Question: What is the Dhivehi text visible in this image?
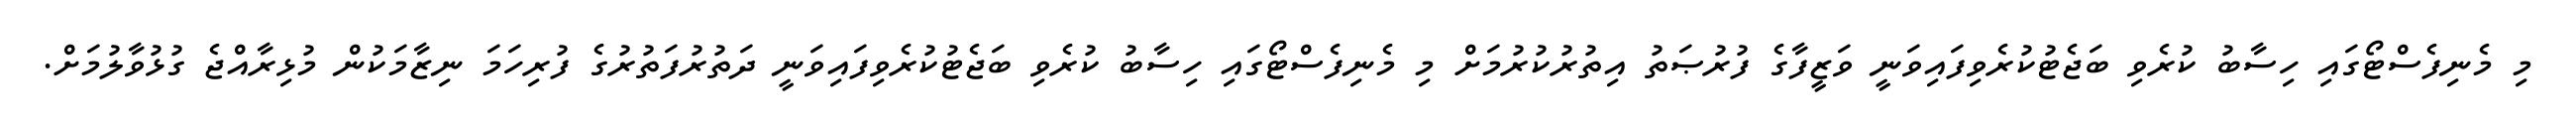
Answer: މި މެނިފެސްޓޯގައި ހިސާބު ކުރެވި ބަޖެޓުކުރެވިފައިވަނީ ވަޒީފާގެ ފުރުޞަތު އިތުރުކުރުމަށް މި މެނިފެސްޓޯގައި ހިސާބު ކުރެވި ބަޖެޓުކުރެވިފައިވަނީ ދަތުރުފަތުރުގެ ފުރިހަމަ ނިޒާމަކުން މުޅިރާއްޖެ ގުޅުވާލުމަށް.